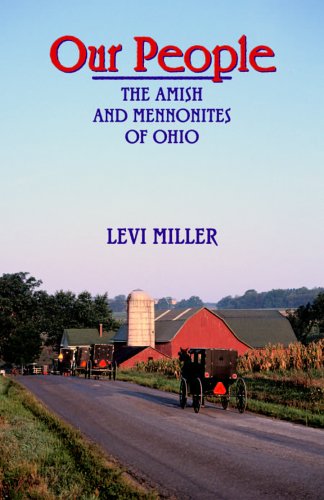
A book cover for Our People: The Amish and Mennonites of Ohio; Levi Miller; Christian Books & Bibles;